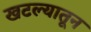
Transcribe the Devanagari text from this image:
खटल्यातून